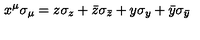
x ^ { \mu } \sigma _ { \mu } = z \sigma _ { z } + \bar { z } \sigma _ { \bar { z } } + y \sigma _ { y } + \bar { y } \sigma _ { \bar { y } }